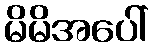
မိမိအပေါ်